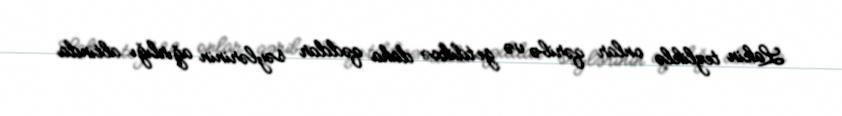
Lakin tezliklə onlar qəribə və getdikcə daha qəddar səylərinin ağırlığı altında